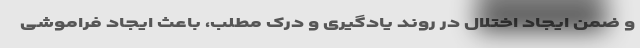
و ضمن ایجاد اختلال در روند یادگیری و درک مطلب، باعث ایجاد فراموشی